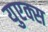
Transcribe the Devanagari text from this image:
युएक्स